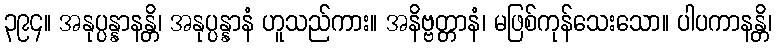
၃၉၄။ အနုပ္ပန္နာနန္တိ၊ အနုပ္ပန္နာနံ ဟူသည်ကား။ အနိဗ္ဗတ္တာနံ၊ မဖြစ်ကုန်သေးသော။ ပါပကာနန္တိ၊